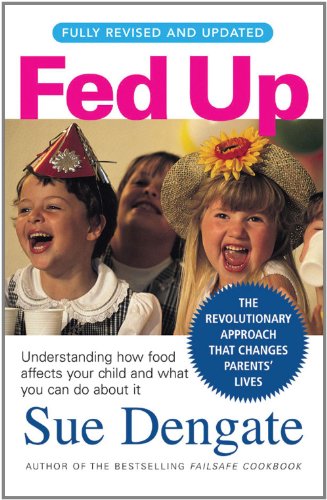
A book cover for Fed Up; Sue Dengate; Health, Fitness & Dieting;